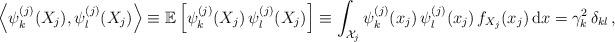
LaTeX: \begin{align*}\left\langle \psi_{k}^{(j)}(X_j), \psi_{l}^{(j)}(X_j) \right\rangle \equiv \mathbb{E}\left[\psi_{k}^{(j)}(X_j) \, \psi_{l}^{(j)}(X_j) \right] \equiv \int_{\mathcal{X}_j} \psi_{k}^{(j)}(x_j) \, \psi_{l}^{(j)}(x_j)\, f_{X_j}(x_j) \, \mathrm{d}x = \gamma_k^2 \, \delta_{kl} \, ,\end{align*}